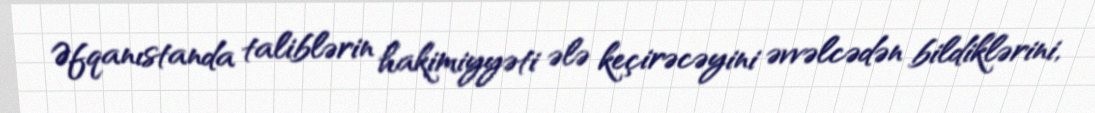
Əfqanıstanda taliblərin hakimiyyəti ələ keçirəcəyini əvvəlcədən bildiklərini,